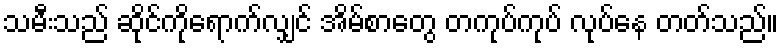
သမီးသည် ဆိုင်ကိုရောက်လျှင် အိမ်စာတွေ တကုပ်ကုပ် လုပ်နေ တတ်သည်။